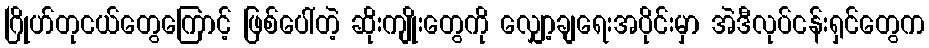
ဂြိုဟ်တုငယ်တွေကြောင့် ဖြစ်ပေါ်တဲ့ ဆိုးကျိုးတွေကို လျှော့ချရေးအပိုင်းမှာ အဲဒီလုပ်ငန်းရှင်တွေက